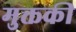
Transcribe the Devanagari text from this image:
मुक्तकी